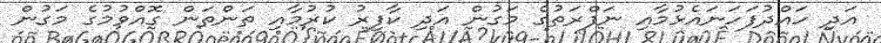
އަދި ހައްދުފަހަނައެޅުމާއި ނަފްރަތުގެ މަގުން އަދި ކާފިރު ކުރުމާއި ތަންތަން ގޮއްވުމުގެ މަގުން